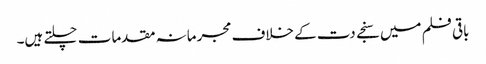
باقی فلم میں سنجے دت کے خلاف مجرمانہ مقدمات چلتے ہیں۔